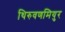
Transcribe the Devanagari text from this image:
थिरुवणमियुर